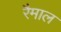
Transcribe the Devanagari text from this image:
रैमाल